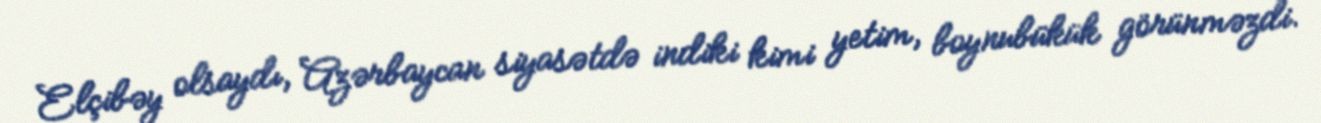
Elçibəy olsaydı, Azərbaycan siyasətdə indiki kimi yetim, boynubükük görünməzdi.